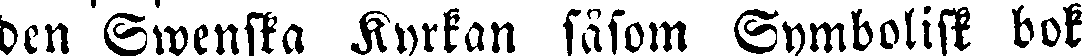
den Swenska Kyrkan såsom Symbolisk bok